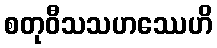
စတုဝီသသဟဿေဟိ